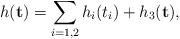
LaTeX: \begin{align*} h(\mathbf{t})=\sum_{i=1,2}h_i(t_i)+h_3(\mathbf{t}),\end{align*}